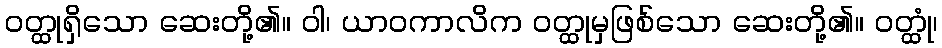
ဝတ္ထုရှိသော ဆေးတို့၏။ ဝါ၊ ယာဝကာလိက ဝတ္ထုမှဖြစ်သော ဆေးတို့၏။ ဝတ္ထုံ၊